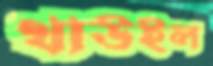
থাউইল